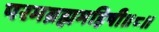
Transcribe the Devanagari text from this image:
परमब्रह्ममहिषी॥८॥